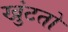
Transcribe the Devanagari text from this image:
खुंटतो